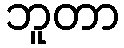
ဘူတာ